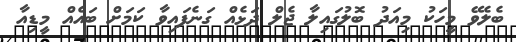
ބެލެވޭ މީހަކު މިއަދު ބޮލުގައިލާ ޖެލް ދަޅެއް ގަނެފައިވާ ކަމަށް ބައެއް މީޑިއާ